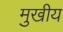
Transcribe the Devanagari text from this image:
मुखीय